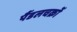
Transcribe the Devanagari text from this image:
पैंडलचक्रों